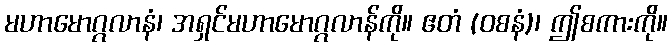
မဟာမောဂ္ဂလာနံ၊ အရှင်မဟာမောဂ္ဂလာန်ကို။ ဧတံ (ဝစနံ)၊ ဤစကားကို။